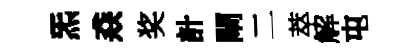
炁猋奖計閘二萃解屯